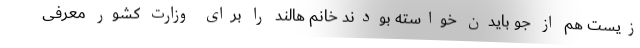
زیست هم از جو بایدن خواسته بودند خانم هالند را برای وزارت کشور معرفی